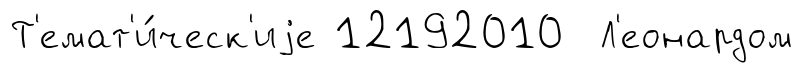
Т'емат'и́ческ'иjе 12192010 Л'еонардом